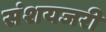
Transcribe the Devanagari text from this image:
संशयजरी